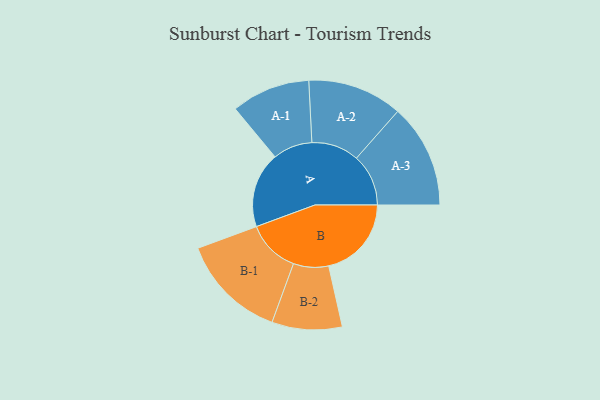
{"axis": {"x": "Segment", "y": "Value"}, "legend": ["", "A", "B"], "data": [{"x": "A", "y": 385, "type": ""}, {"x": "B", "y": 422, "type": ""}, {"x": "A-1", "y": 201, "type": "A"}, {"x": "A-2", "y": 242, "type": "A"}, {"x": "A-3", "y": 265, "type": "A"}, {"x": "B-1", "y": 271, "type": "B"}, {"x": "B-2", "y": 179, "type": "B"}]}